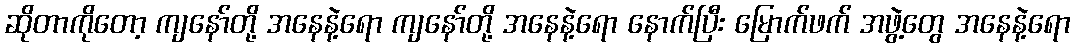
ဆိုတာကိုတော့ ကျနော်တို့ အနေနဲ့ရော ကျနော်တို့ အနေနဲ့ရော နောက်ပြီး မြောက်ဖက် အဖွဲ့တွေ အနေနဲ့ရော